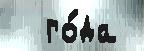
  го́да